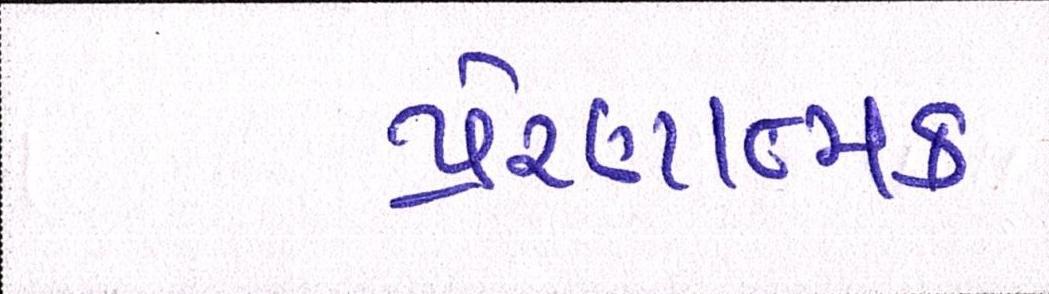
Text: પ્રેરણાત્મક